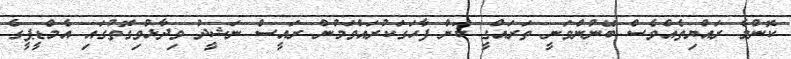
ކޮންމެ ރައްޔިތެއްވެސް ބޭނުންވަނީ ތަރައްގީ ކަން ފާހަގަކުރައްވަމުން ރައީސް ނަޝީދު ވިދާޅުވިގޮތުގައި އެމްޑީޕީގެ